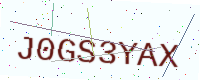
Text: J0GS3YAX